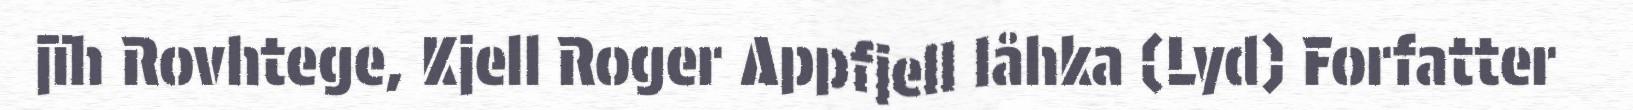
jïh Rovhtege, Kjell Roger Appfjell låhka (Lyd) Forfatter